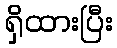
ရှိထားပြီး